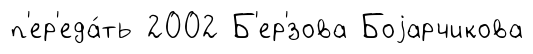
п'ер'еда́ть 2002 Б'ер'́зова Боjарчикова